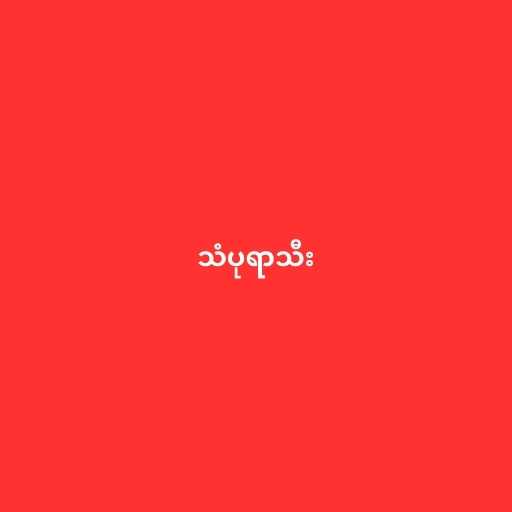
သံပုရာသီး